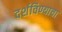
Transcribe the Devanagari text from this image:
दर्शविण्याचा